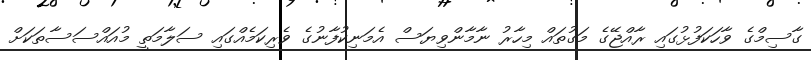
ގާސިމްގެ ވާހަކަފުޅުގައި ރާއްޖޭގެ މަގުތައް މިހާރު ނާމާންވިޔަސް އެމަނިކުފާނުގެ ވެރިކަމެއްގައި ސަލާމަތީ މުއައްސަސާތަކަށް